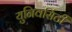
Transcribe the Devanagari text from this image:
युनिवर्सिटी